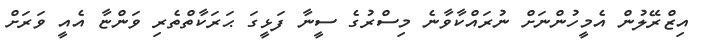
އިޒްރޭލުން އެމީހުންނަށް ނުރައްކާވާނެ މިސްރުގެ ސީނާ ފަޅީގަ ޙަރަކާތްތެރި ވަންޏާ އެއީ ވަރަށް